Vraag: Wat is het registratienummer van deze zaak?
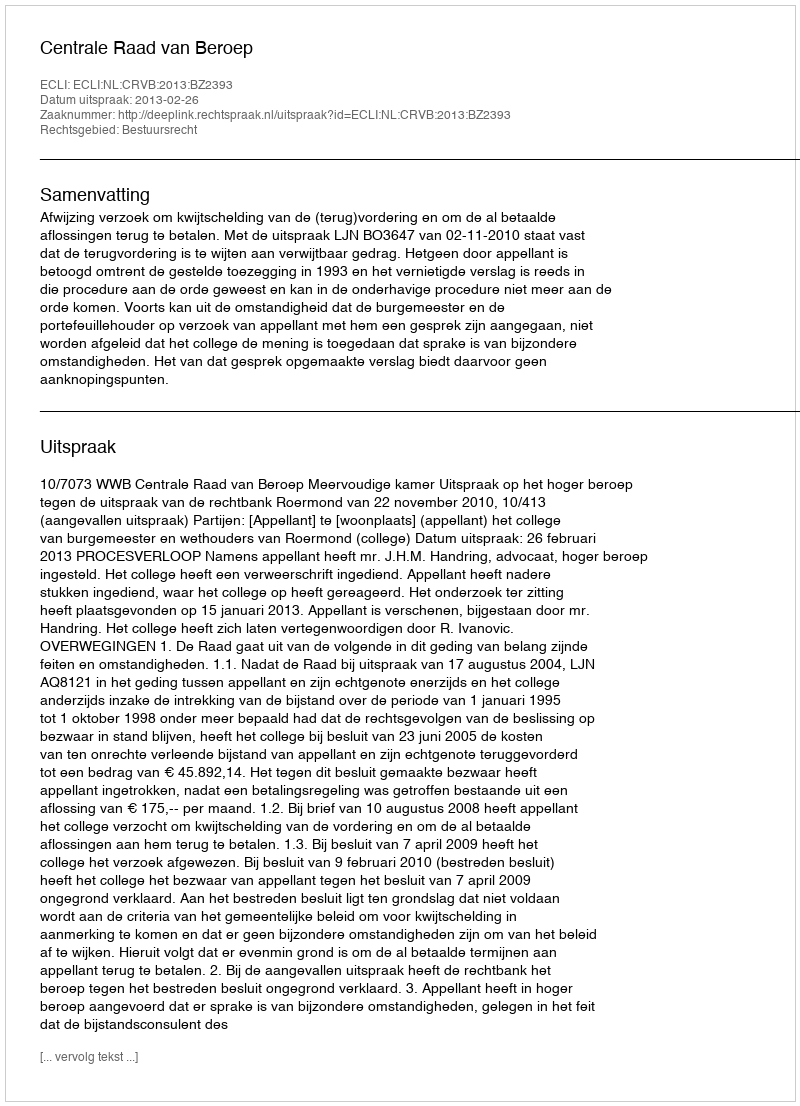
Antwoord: http://deeplink.rechtspraak.nl/uitspraak?id=ECLI:NL:CRVB:2013:BZ2393